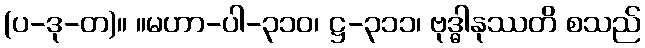
(ပ-ဒု-တ)။ ။မဟာ-ပါ-၃၁၀၊ ဋ္ဌ-၃၁၁၊ ဗုဒ္ဓါနုဿတိ စသည်